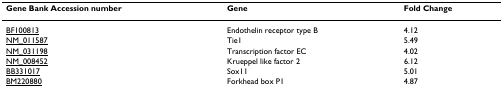
<table><thead><tr><td><b>Gene Bank Accession number</b></td><td><b>Gene</b></td><td><b>Fold Change</b></td></tr></thead><tbody><tr><td>BF100813</td><td>Endothelin receptor type B</td><td>4.12</td></tr><tr><td>NM_011587</td><td>Tie1</td><td>5.49</td></tr><tr><td>NM_031198</td><td>Transcription factor EC</td><td>4.02</td></tr><tr><td>NM_008452</td><td>Krueppel like factor 2</td><td>6.12</td></tr><tr><td>BB331017</td><td>Sox11</td><td>5.01</td></tr><tr><td>BM220880</td><td>Forkhead box P1</td><td>4.87</td></tr></tbody></table>